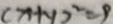
( x + y ) ^ { 2 } = 9